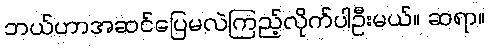
ဘယ်ဟာအဆင်ပြေမလဲကြည့်လိုက်ပါဦးမယ်။ ဆရာ။